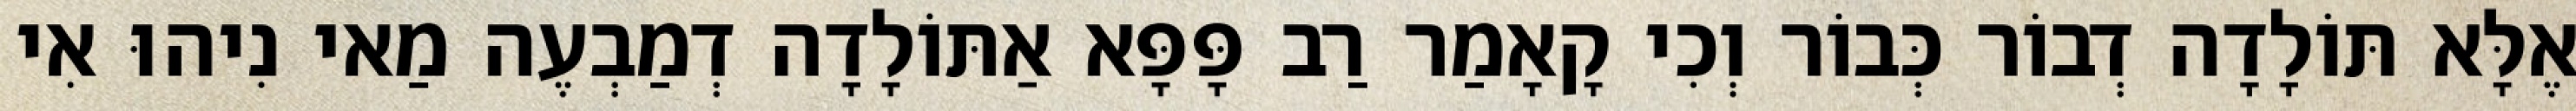
אֶלָּא תּוֹלָדָה דְבוֹר כְּבוֹר וְכִי קָאָמַר רַב פָּפָּא אַתּוֹלָדָה דְמַבְעֶה מַאי נִיהוּ אִי